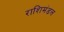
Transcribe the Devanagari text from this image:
राशिमंडल